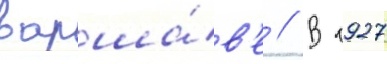
варша́в'е // В 1927